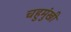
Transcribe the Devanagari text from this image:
चहुमुंखी